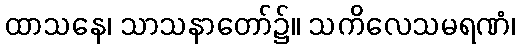
ထာသနေ၊ သာသနာတော်၌။ သကိလေသမရဏံ၊